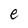
Character: e